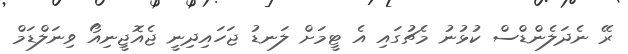
ރޭ ނެދަލެންޑްސް ކުޅުނު މެޗުގައި އެ ޓީމަށް ލަނޑު ޖަހައިދިނީ ޖެއޮޖީނިއޯ ވިނަލްޑަމް